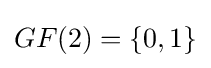
GF(2)=\{0,1\}